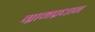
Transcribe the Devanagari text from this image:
ग्रामप्रधान